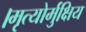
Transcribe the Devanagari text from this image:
।मृत्योर्मुक्षिय